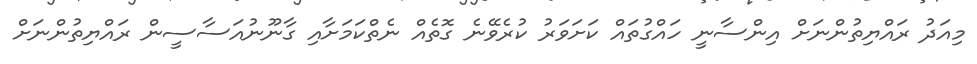
މިއަދު ރައްޔިތުންނަށް އިންސާނީ ހައްގުތައް ކަށަވަރު ކުރެވޭނެ ގޮތެއް ނެތްކަމަށާއި ގާނޫނުއަސާސީން ރައްޔިތުންނަށް